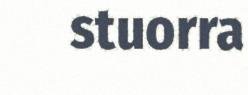
stuorra